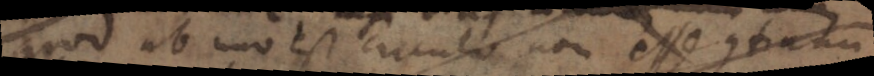
quod ab uno est circulo non esse continum